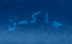
جاكسن